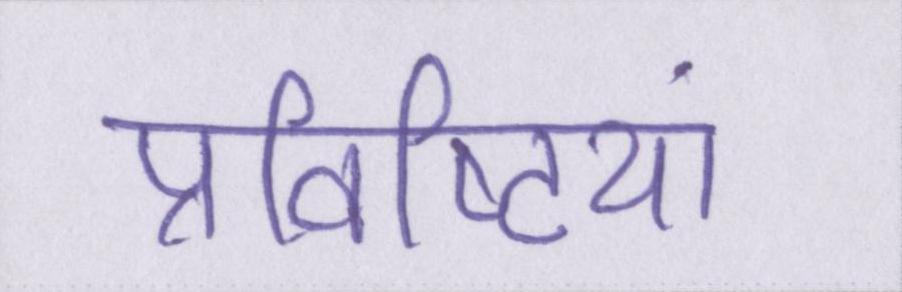
प्रविष्टियां